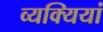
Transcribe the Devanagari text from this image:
व्यक्यियां